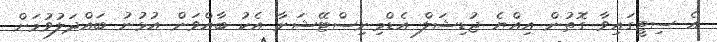
އެ ސިޓީގައިވާ ގޮތުން އިއްޔެ ޖުޑިޝަލް އެޑްމިނިސްޓޭޝަނާ އެކު ބާއްވަން އުޅުނު ބައްދަލުވުމަށް